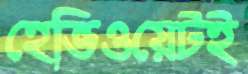
হেভিওয়েটই